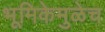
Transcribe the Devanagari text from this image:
भूमिकेमुळेच